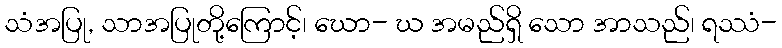
သံအပြု, သာအပြုတို့ကြောင့်၊ ဃော- ဃ အမည်ရှိ သော အာသည်၊ ရဿံ-